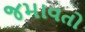
જમાવતો